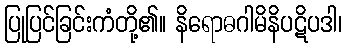
ပြုပြင်ခြင်းကံတို့၏။ နိရောဓဂါမိနိပဋိပဒါ၊